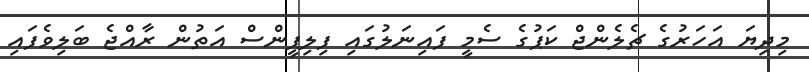
މިދިޔަ އަހަރުގެ ޗެލެންޖް ކަޕުގެ ސެމީ ފައިނަލުގައި ފިލިޕީންސް އަތުން ރާއްޖެ ބަލިވެފައި